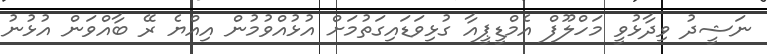
ނަޝީދު ވިދާޅުވީ މަހްލޫފް އެމްޑީޕީއާ ގުޅިވަޑައިގަތުމަށް އުޅުއްވުމުން އިއްޔެ ރޭ ބާއްވަން އުޅުނު